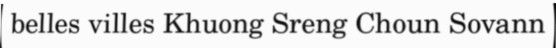
belles villes Khuong Sreng Choun Sovann